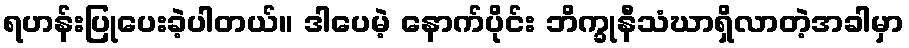
ရဟန်းပြုပေးခဲ့ပါတယ်။ ဒါပေမဲ့ နောက်ပိုင်း ဘိက္ခုနီသံဃာရှိလာတဲ့အခါမှာ